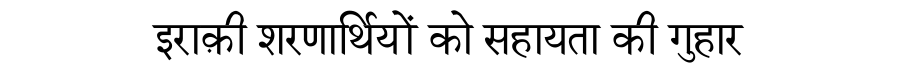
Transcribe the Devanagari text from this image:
इराक़ी शरणार्थियों को सहायता की गुहार